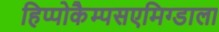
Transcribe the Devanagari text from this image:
हिप्पोकैम्पसएमिग्डाला